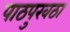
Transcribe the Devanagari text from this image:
पाठपुरवठा